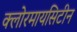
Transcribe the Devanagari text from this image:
क्लोरमायसिटीन